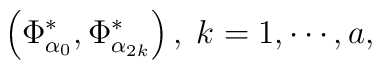
\left( \Phi _{\alpha _0}^{*},\Phi _{\alpha _{2k}}^{*}\right),\;k=1,\cdots ,a,